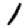
Digit: 1